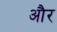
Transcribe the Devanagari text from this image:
और